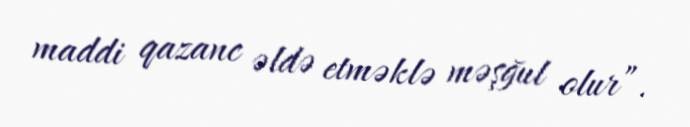
maddi qazanc əldə etməklə məşğul olur”.